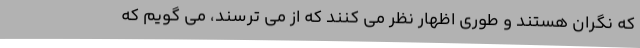
که نگران هستند و طوری اظهار نظر می کنند که از می ترسند، می گویم که